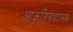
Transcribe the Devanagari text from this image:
आकृतिबंधात्मक